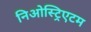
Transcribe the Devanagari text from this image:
निओस्ट्रिएटम